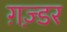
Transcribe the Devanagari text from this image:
ग़ज़्डर